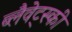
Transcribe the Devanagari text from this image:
ब्लैवेट्स्की